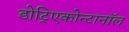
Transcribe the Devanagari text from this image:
डोट्रिएकोन्टानॉल